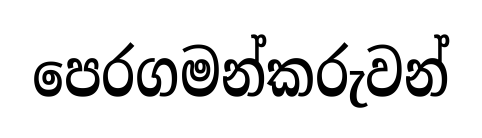
පෙරගමන්කරුවන්